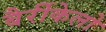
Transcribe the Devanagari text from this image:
बैर्रीकेलो